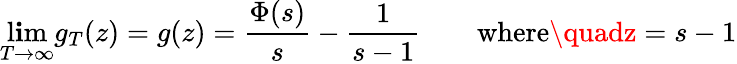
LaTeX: \operatorname*{l\mathbf{i}m}_{T\to\infty}g_{T}(z)=g(z)={\frac{{\Phi(s)}}{{s}}}-{\frac{{1}}{{s-1}}}\quad\quad{\mathrm{{where}}}\quadz=s-1